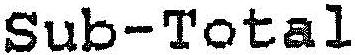
SUB-TOTAL